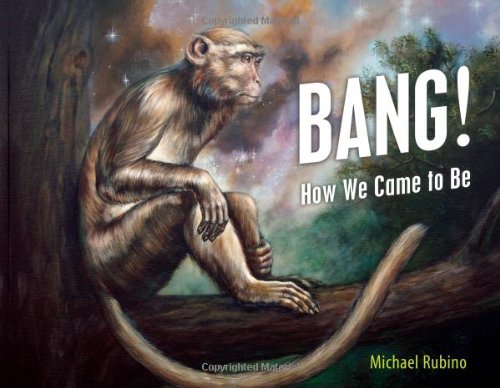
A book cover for Bang!: How We Came to Be; Michael Rubino; Science & Math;